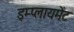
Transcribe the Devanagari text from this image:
इम्प्लायमेंट